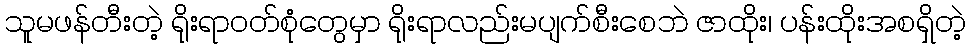
သူမဖန်တီးတဲ့ ရိုးရာဝတ်စုံတွေမှာ ရိုးရာလည်းမပျက်စီးစေဘဲ ဇာထိုး၊ ပန်းထိုးအစရှိတဲ့